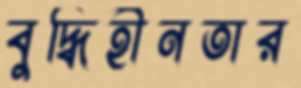
বুদ্ধিহীনতার